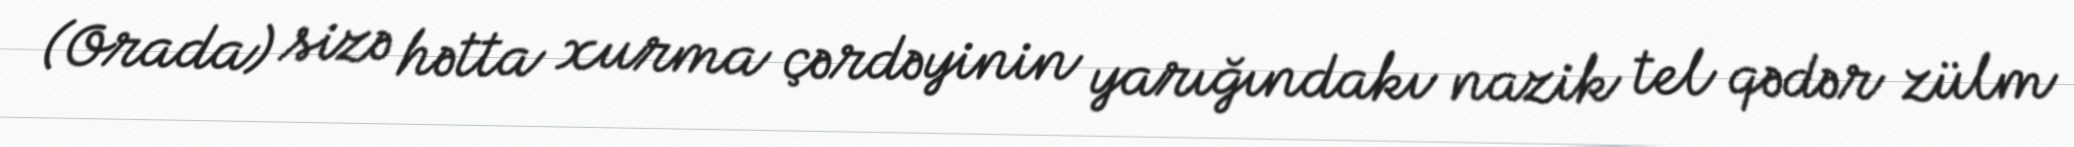
(Orada) sizə hətta xurma çərdəyinin yarığındakı nazik tel qədər zülm